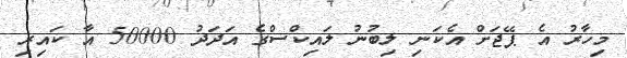
މިހާރު އެ ޕޭޖަށް އެކަނި ލިބުނު ލައިކްސްގެ އަދަދު 50000 އާ ކައިރި